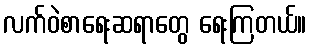
လက်ဝဲစာရေးဆရာတွေ ရေးကြတယ်။